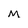
Character: M